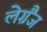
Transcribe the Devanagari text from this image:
लेग्रैंज